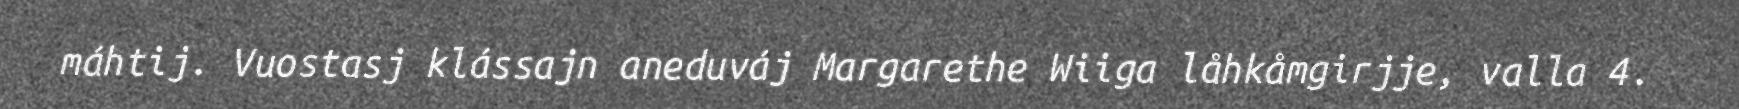
máhtij. Vuostasj klássajn aneduváj Margarethe Wiiga låhkåmgirjje, valla 4.